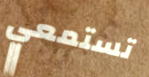
تستمعي